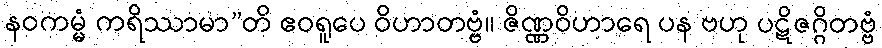
နဝကမ္မံ ကရိဿာမာ”တိ ဧဝရူပေ ဝိဟာတဗ္ဗံ။ ဇိဏ္ဏဝိဟာရေ ပန ဗဟု ပဋိဇဂ္ဂိတဗ္ဗံ